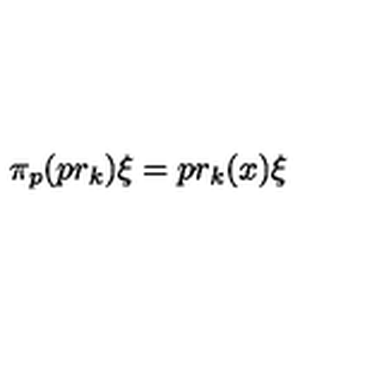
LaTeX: \pi _ { p } ( p r _ { k } ) \xi = p r _ { k } ( x ) \xi